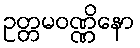
ဥတ္တမဝဏ္ဏိနော